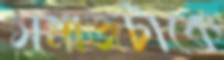
সমাজটাকে